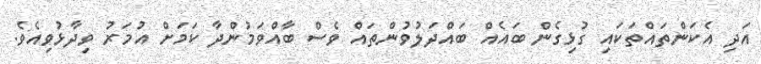
އަދި އެކަންތައްތަކައި ގުޅިގެން ބައެއް ބައްދަލުވުންތައް ވެސް ބާއްވަމުންދާ ކަމަށް އުމަރު ވިދާޅުވިއެވެ.